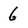
Character: 6